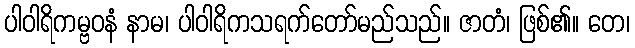
ပါဝါရိကမ္ဗဝနံ နာမ၊ ပါဝါရိကသရက်တော်မည်သည်။ ဇာတံ၊ ဖြစ်၏။ တေ၊